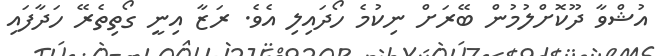
އުޝްވާ ދޫކޮށްލުމުން ބޭރަށް ނިކުމެ ހޯދައިލި އެވެ. ރަޒާ އިނީ ގޯތިތެރޭ ހަދާފައި